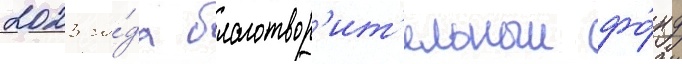
2023 го́да благотвор'ит'ельныи фо́нд